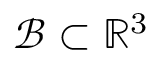
\mathcal { B } \subset \mathbb { R } ^ { 3 }